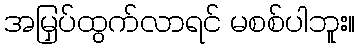
အမြှပ်ထွက်လာရင် မစစ်ပါဘူး။